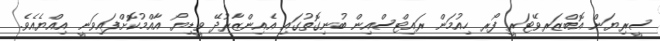
ސީރިޔަން އޮބްޒަރވޭޓަރީ ފޯރ ހިއުމަން ރައިޓްސްއިން ބުނިގޮތުގައި އެއިންޒާރުދޭ ވީޑިޔޯ އާއްމުކޮށްފައިވަނީ އިއްޔެއެވެ.